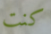
كنت